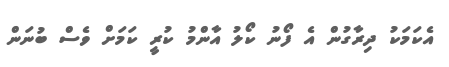
އެކަމަކު ދިރާގުން އެ ފޯނު ކޯލު އާންމު ކުރީ ކަމަށް ވެސް ބުނަން